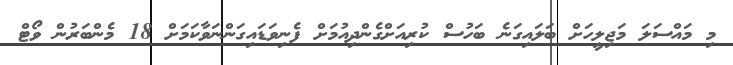
މި މައްސަލަ މަޖިލީހަށް ބަލައިގަނެ ބަހުސް ކުރިއަށްގެންދިއުމަށް ފެނިވަޑައިގަންނަވާކަމަށް 18 މެންބަރުން ވޯޓް